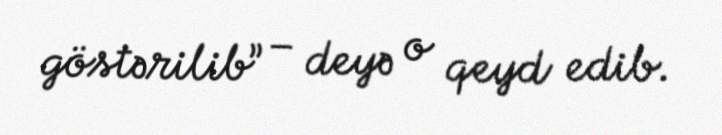
göstərilib” – deyə o qeyd edib.